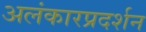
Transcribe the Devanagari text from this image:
अलंकारप्रदर्शन